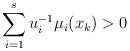
LaTeX: \begin{align*}\sum_{i=1}^s u_i^{-1}\mu_i(x_{k})>0\end{align*}